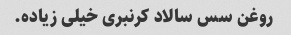
روغن سس سالاد کرنبری خیلی زیاده.